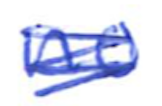
Text: no
Cross-out: scratch
Writing tool: ballpoint